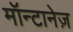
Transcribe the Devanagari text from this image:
मॉन्टानेज़